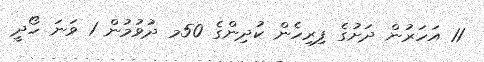
11 އަހަރުން ދަށުގެ ފިރިހެން ކުދިންގެ 50މ ދުވުމުން 1 ވަނަ ހޯދީ